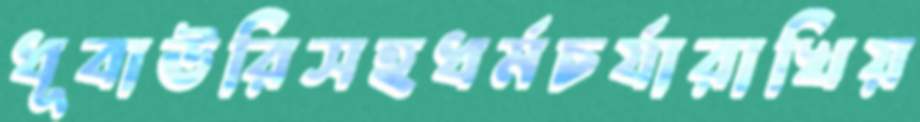
ধূবাউরিসহধর্মচর্যারাখিয়